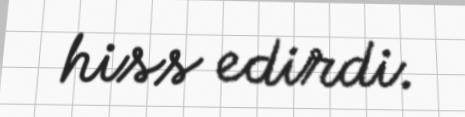
hiss edirdi.